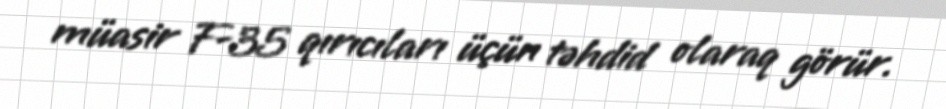
müasir F-35 qırıcıları üçün təhdid olaraq görür.